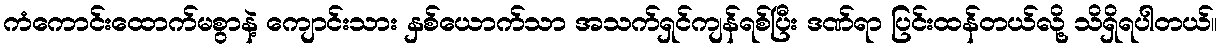
ကံကောင်းထောက်မစွာနဲ့ ကျောင်းသား နှစ်ယောက်သာ အသက်ရှင်ကျန်ရစ်ပြီး ဒဏ်ရာ ပြင်းထန်တယ်လို့ သိရှိရပါတယ်။